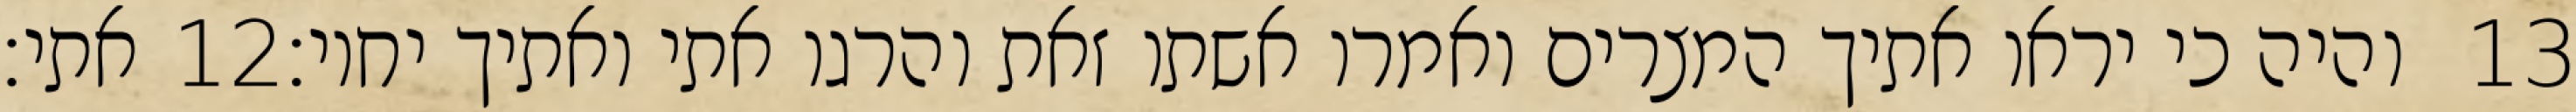
אתי׃ ‎12‏ והיה כי יראו אתיך המצרים ואמרו אשתו זאת והרגו אתי ואתיך יחיו׃ ‎13‏